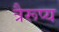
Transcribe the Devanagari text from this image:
त्रैरूप्य